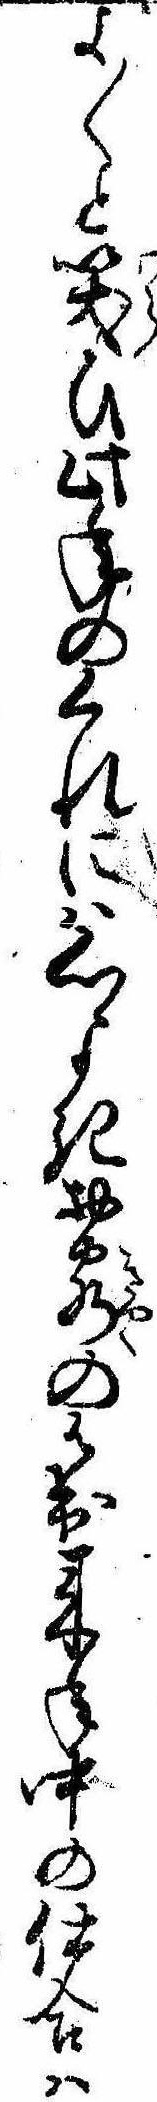
よ〱と笑ひ此年のくれには心よきお客の御出来年中の仕合は